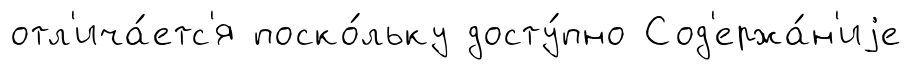
отл'ича́етс'я поско́льку досту́пно Сод'ержа́н'иjе